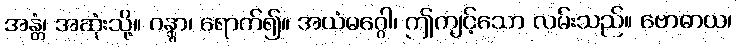
အန္တံ၊ အဆုံးသို့။ ဂန္တွာ၊ ရောက်၍။ အယံမဂ္ဂေါ၊ ဤကျင့်သော လမ်းသည်။ ဗောဓာယ၊